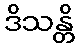
ဒိသန္တိ